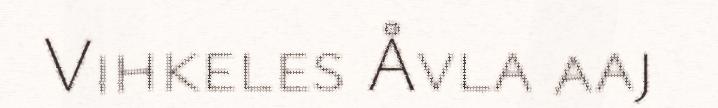
Vihkeles Åvla aaj